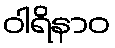
ဝါရိနာဝ